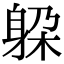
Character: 躱